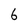
Character: 6